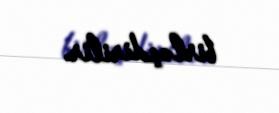
birləşdirilir.